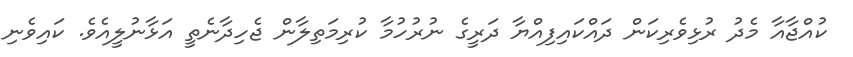
ކުއްޖާއާ މެދު ރުޅިވެރިކަން ދައްކައިފިއްޔާ ދަރީގެ ނުރުހުމާ ކުރިމަތިލާން ޖެހިދާނެތީ އަޅާނުލީއެވެ. ކައިވެނި